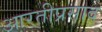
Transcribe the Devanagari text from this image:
आरतीप्रसाद